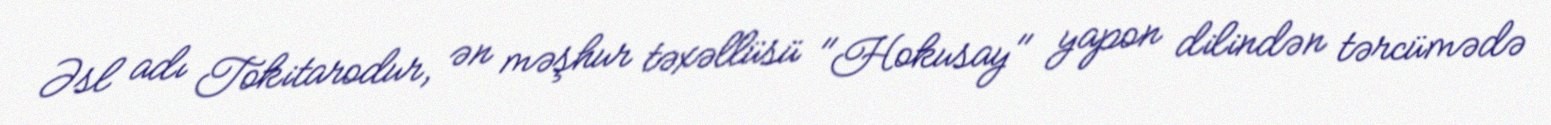
Əsl adı Tokitarodur, ən məşhur təxəllüsü "Hokusay" yapon dilindən tərcümədə